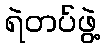
ရဲတပ်ဖွဲ့